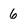
Character: 6